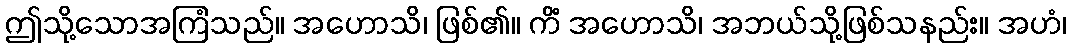
ဤသို့သောအကြံသည်။ အဟောသိ၊ ဖြစ်၏။ ကိံ အဟောသိ၊ အဘယ်သို့ဖြစ်သနည်း။ အဟံ၊